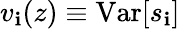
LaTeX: v_{\mathbf{i}}(z)\equiv\textrm{{Var}}[s_{\mathbf{i}}]